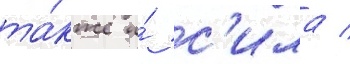
та́кже и́ с'ила /